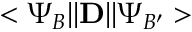
< \Psi _ { B } \lvert \lvert { \bf D } \rvert \rvert \Psi _ { B ^ { \prime } } >